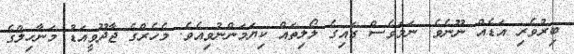
ބިރުވެރި އަޑެއް ނޫނެވެ. ނަމަވެސް ގައިގެ ލޯލިތައް ކިޔަމަންނުވިއެވެ. މެހެރްގެ ޖާދޫވީއަޑު މަނާހިލްގެ